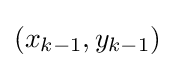
(x_{k-1},y_{k-1})